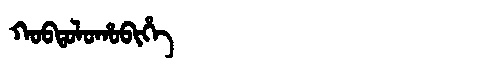
Manchu: ᡴᠣᠪᡨᠣᠯᠣᡥᠣᠪᡳᡥᡝ
Romanization: KOBTOLOHOBIHE